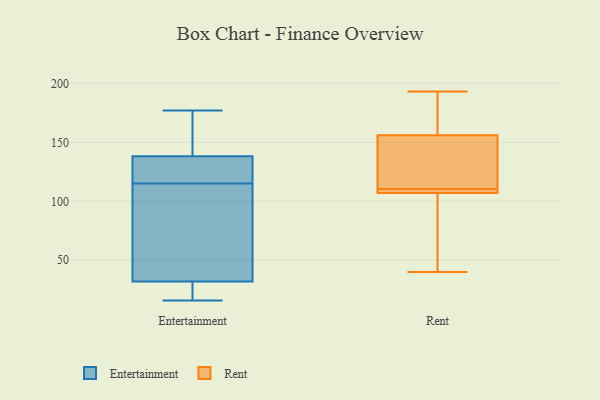
{"axis": {"x": "Headcount", "y": "Value"}, "legend": ["Entertainment", "Rent"], "data": [{"x": "", "y": 36, "type": "Entertainment"}, {"x": "", "y": 20, "type": "Entertainment"}, {"x": "", "y": 52, "type": "Entertainment"}, {"x": "", "y": 155, "type": "Entertainment"}, {"x": "", "y": 83, "type": "Entertainment"}, {"x": "", "y": 16, "type": "Entertainment"}, {"x": "", "y": 134, "type": "Entertainment"}, {"x": "", "y": 151, "type": "Entertainment"}, {"x": "", "y": 177, "type": "Entertainment"}, {"x": "", "y": 121, "type": "Entertainment"}, {"x": "", "y": 133, "type": "Entertainment"}, {"x": "", "y": 19, "type": "Entertainment"}, {"x": "", "y": 115, "type": "Entertainment"}, {"x": "", "y": 188, "type": "Rent"}, {"x": "", "y": 109, "type": "Rent"}, {"x": "", "y": 109, "type": "Rent"}, {"x": "", "y": 112, "type": "Rent"}, {"x": "", "y": 40, "type": "Rent"}, {"x": "", "y": 107, "type": "Rent"}, {"x": "", "y": 193, "type": "Rent"}, {"x": "", "y": 65, "type": "Rent"}, {"x": "", "y": 145, "type": "Rent"}, {"x": "", "y": 156, "type": "Rent"}]}